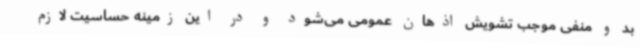
بد و منفی موجب تشویش اذهان عمومی می‌شود و در این زمینه حساسیت لازم